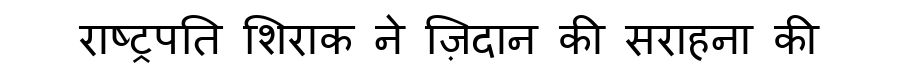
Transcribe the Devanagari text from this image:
राष्ट्रपति शिराक ने ज़िदान की सराहना की